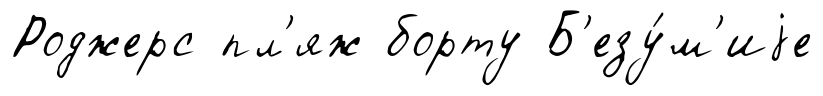
Роджерс пл'яж борту Б'езу́м'иjе